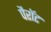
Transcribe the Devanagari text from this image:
पैरॉट